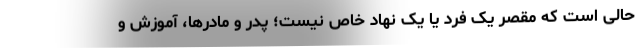
حالی است که مقصر یک فرد یا یک نهاد خاص نیست؛ پدر و مادرها، آموزش و